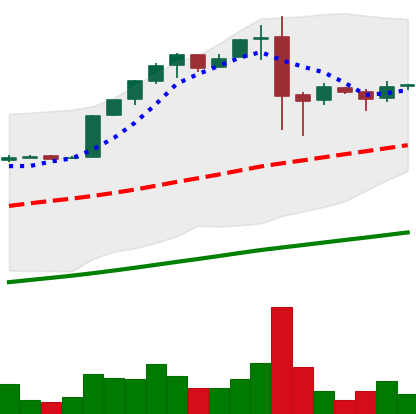
Ticker: BTC-USD
Chart end date: 2017-02-15
Forward return: 7.196%
Label: up_7plus